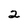
Character: 2